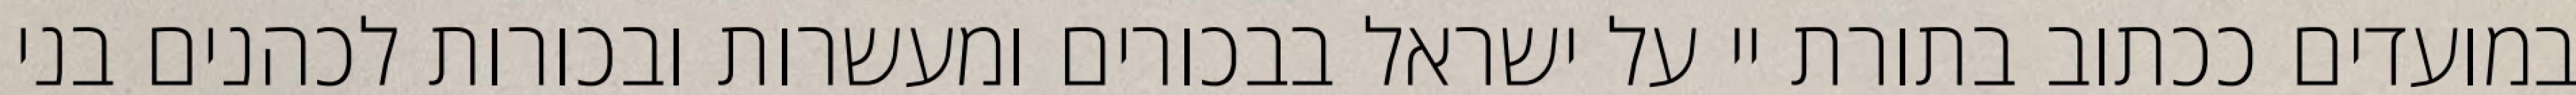
במועדים ככתוב בתורת יי על ישראל בבכורים ומעשרות ובכורות לכהנים בני